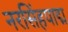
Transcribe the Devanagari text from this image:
नरसिंहपाद्म